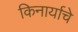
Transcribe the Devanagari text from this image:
किनार्याचे